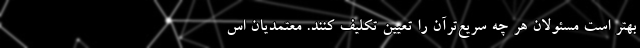
بهتر است مسئولان هر چه سریع‌ترآن را تعیین تکلیف کنند. معتمدیان اس